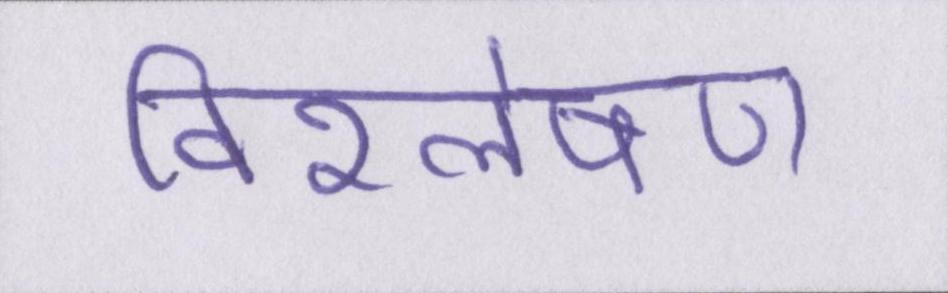
विश्लेषण